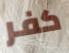
كفر